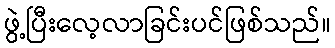
ဖွဲ့ပြီးလေ့လာခြင်းပင်ဖြစ်သည်။